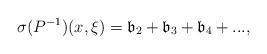
LaTeX: \begin{align*}\sigma (P^{-1})(x,\xi )=\mathfrak b_{2}+\mathfrak b_{3}+\mathfrak b_{4}+...,\end{align*}